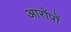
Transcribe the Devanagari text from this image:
आरोंपों